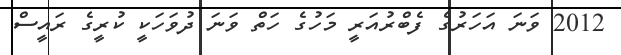
2012 ވަނަ އަހަރުގެ ފެބްރުއަރީ މަހުގެ ހަތް ވަނަ ދުވަހަކީ ކުރީގެ ރައީސް